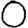
Digit: 0